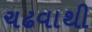
ચઢવાથી